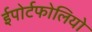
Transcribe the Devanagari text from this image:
ईपोर्टफोलियो